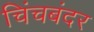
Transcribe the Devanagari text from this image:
चिंचबंदर